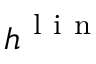
\boldsymbol { h } ^ { \mathrm { ~ l ~ i ~ n ~ } }